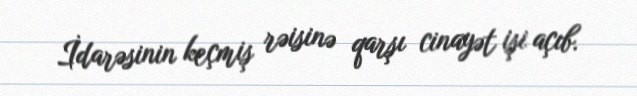
İdarəsinin keçmiş rəisinə qarşı cinayət işi açıb.